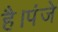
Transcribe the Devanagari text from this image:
है।पंजे